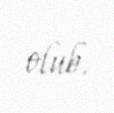
olub.